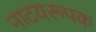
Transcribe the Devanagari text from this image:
नाटयरूपक